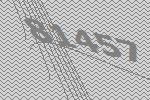
81457